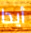
أيدا